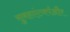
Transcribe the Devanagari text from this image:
सुबहएंटवर्पऔर